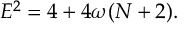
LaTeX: E ^ { 2 } = 4 + 4 \omega ( N + 2 ) .